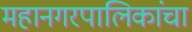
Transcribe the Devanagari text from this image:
महानगरपालिकांचा